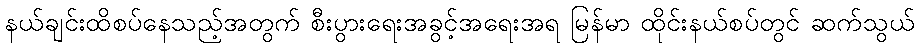
နယ်ချင်းထိစပ်နေသည့်အတွက် စီးပွားရေးအခွင့်အရေးအရ မြန်မာ ထိုင်းနယ်စပ်တွင် ဆက်သွယ်